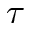
\tau